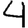
Digit: 4